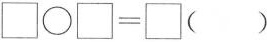
$$\Box \bigcirc \Box = \Box$$（ ）